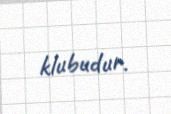
klubudur.